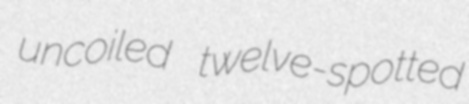
uncoiled twelve-spotted